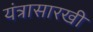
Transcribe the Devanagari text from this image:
यंत्रासारखी